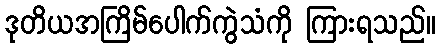
ဒုတိယအကြိမ်ပေါက်ကွဲသံကို ကြားရသည်။